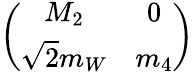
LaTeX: \left(\begin{array}{cc}{{M_{2}}}&{{0}}\\ {{\sqrt{2}m_{W}}}&{{m_{4}}}\end{array}\right)